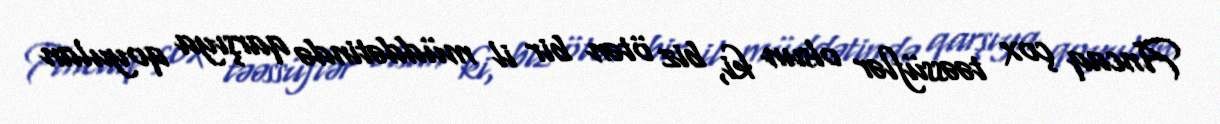
Ancaq çox təəssüflər olsun ki, biz ötən bir il müddətində qarşıya qoyulan